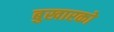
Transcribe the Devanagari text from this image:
बुखारको